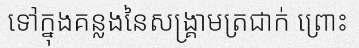
ទៅក្នុងគន្លងនៃសង្គ្រាមត្រជាក់ ព្រោះ